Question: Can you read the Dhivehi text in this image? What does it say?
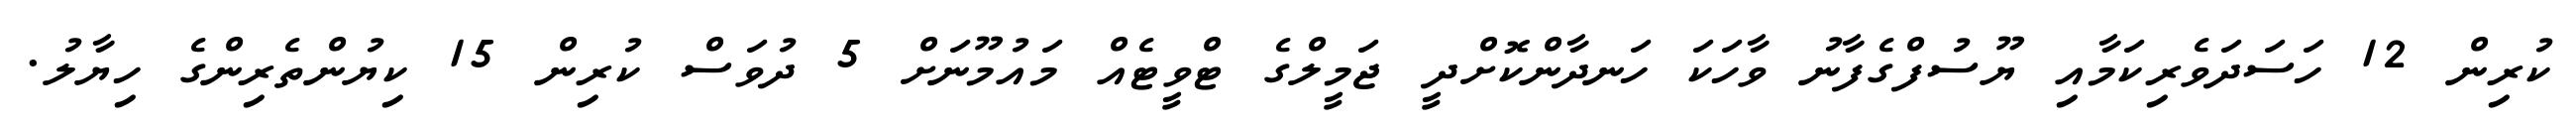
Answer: ކުރިން 12 ހަސަދަވެރިކަމާއި ޔޫސުފްގެފާނު ވާހަކަ ހަނދާންކޮށްދީ ޖަމީލްގެ ޓްވީޓެއް މައުމޫނަށް 5 ދުވަސް ކުރިން 15 ކިޔުންތެރިންގެ ހިޔާލު.